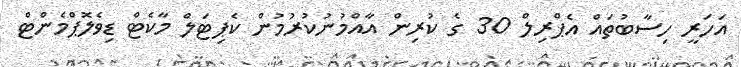
އަހަރީ ހިސާބުތައް އެޕްރިލް 30 ގެ ކުރިން އާއްމުނުކުރުމުން ކެޕިޓަލް މާކެޓް ޑިވެލޮޕްމެންޓް